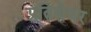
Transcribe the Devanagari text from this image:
प्रतिशेयर